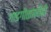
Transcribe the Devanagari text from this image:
गाडगीळांनीही